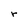
Character: r